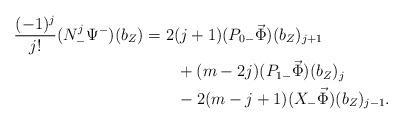
LaTeX: \begin{align*} \frac{(-1)^j}{j!}(N_-^j\Psi^-)(b_Z)&=2(j+1)(P_{0-}\vec\Phi)(b_Z)_{j+1}\\ &\qquad+(m-2j)(P_{1-}\vec\Phi)(b_Z)_j\\ &\qquad-2(m-j+1)(X_-\vec\Phi)(b_Z)_{j-1}.\end{align*}